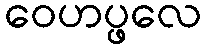
ဝေဟပ္ဖလေ